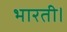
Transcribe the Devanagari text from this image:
भारती।